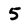
Character: 5